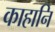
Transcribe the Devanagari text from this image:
काहानि